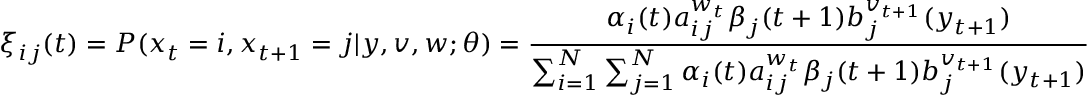
\xi _ { i j } ( t ) = P ( x _ { t } = i , x _ { t + 1 } = j | y , v , w ; \theta ) = { \frac { \alpha _ { i } ( t ) a _ { i j } ^ { w _ { t } } \beta _ { j } ( t + 1 ) b _ { j } ^ { v _ { t + 1 } } ( y _ { t + 1 } ) } { \sum _ { i = 1 } ^ { N } \sum _ { j = 1 } ^ { N } \alpha _ { i } ( t ) a _ { i j } ^ { w _ { t } } \beta _ { j } ( t + 1 ) b _ { j } ^ { v _ { t + 1 } } ( y _ { t + 1 } ) } }